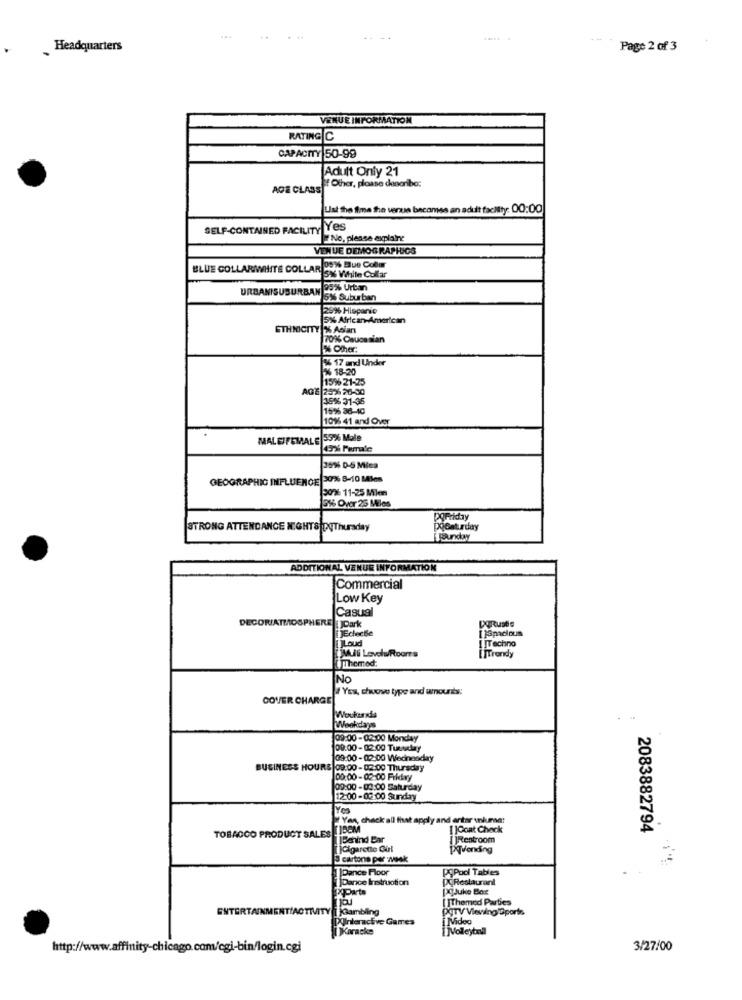
.....
Headquarters
Page 2 of 3
VENUE INFORMATION
RATING C
CAPACITY 50-99
Adult Only 21
AGE CLASS
of Other, please describe:
Ust the time the venue becomes an adult fachty: 00:00
SELF-CONTAINED FACILITY Yes
No, please explaine
VENUE DEMOGRAPHICS
BLUE COLLARWHITE COLLAR 20% Que Collar
15% White Collar
URBANISUBURBAN 25% Urtan
W 5% Suburban
25% Hispanic
15% African-American
ETHNICITY % Asian
70% Cauce alan
% Other:
136 17 and Under
26 18-20
15% 21-25
AGE 253 20-90
39% 31-35
16% 38-10
101 41 and Over
MALEFEMALE 5926 Male
30% D-5 Mica
GEOGRAPHIC INFLUENCE 30% 8-10 Me
2076 11-25 Mlen
316 Over 26 Miles
POFriday
STRONG ATTENDANCE NIGHTS DEThursday
poSaturday
ADDITIONAL VENUE INFORMATION
Commercial
Low Key
Casual
[XERtuatie
)Dark
[ ]Spacious
JEcheche
I ITechno
Loud
Themed
Mull Levels Roomrs
[ ]Trendy
No
# Yes, chuowe type and amounts:
COVER CHARGE
Weekdays
09:00 - 02:00 Monday
09:00 -02:00 Tuesday
109:00 -02:00 Wednesday
BUSINESS HOURS 09:00 -02:00 Thursday
00:00 - 02:00 Fildry
09:00 - 03:00 Saturday
12:00-02:00 Sunday
Yes
Yes, check all that apply and antar uniunse?
TIBEM
[ ]Coat Check
2083882794
TOBACCO PRODUCT SALES
Behind Bar
Restroom
JCigarette Girl
PTvending
cartone per week
Dance Floor
PSPod Tables
Dance Instruction
PCRestaurant
PParta
PgJuke Box
[ ]Themed Parties
ENTERTAINMENT/ACTIVITY
DgTV ViewingDporta
POInteractive Games
i NVideo
I )Karacke
IMVolleyball
http://www.affinity-chicago.com/cgi-bin/login.cgi
3/27/00